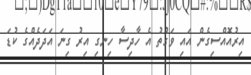
އިރުއޮއްސިގެން އައި ވަގުތު އެ ހާދިސާ ހިނގި އިރު ގިނަ އަދަދެއްގެ ކުޑަ